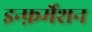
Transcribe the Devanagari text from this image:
इन्फ़र्मेशन